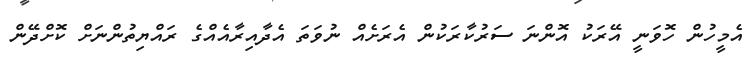
އެމީހުން ހޮވަނީ އޭރަކު އޮންނަ ސަރުކާރަކުން އެރަށެއް ނުވަތަ އެދާއިރާއެއްގެ ރައްޔިތުންނަށް ކޮށްދޭން